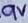
Text: 9V